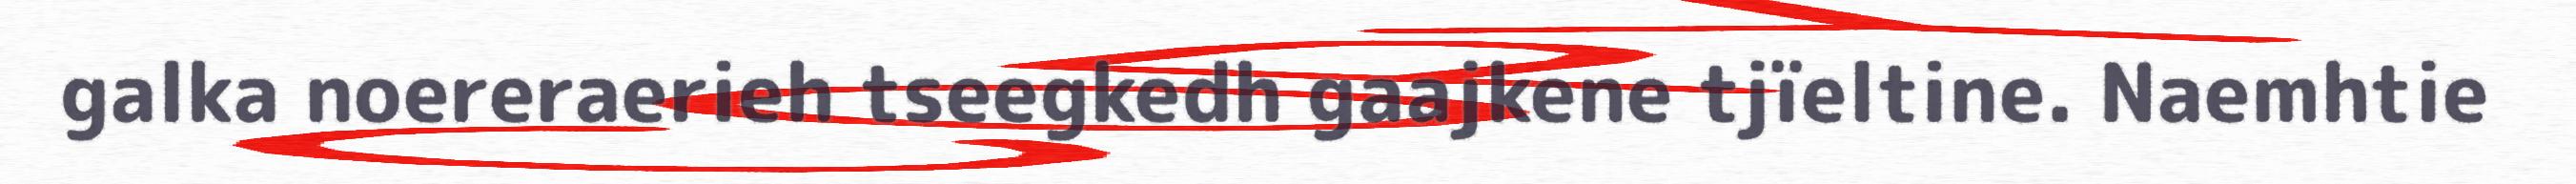
galka noereraerieh tseegkedh gaajkene tjïeltine. Naemhtie